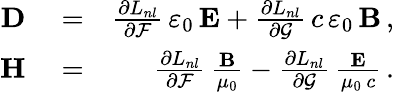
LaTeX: \begin{array}{rlr}{{\mathbf D}}&{{}=}&{\frac{\partial L_{nl}}{\partial\mathcal{F}}\, \varepsilon_{0}\, {\mathbf E}+\frac{\partial L_{nl}}{\partial\mathcal{G}}\, c\, \varepsilon_{0}\, {\mathbf B}\, ,}\\ {{\mathbf H}}&{{}=}&{\frac{\partial L_{nl}}{\partial\mathcal{F}}\, \frac{{\mathbf B}}{\mu_{0}}-\frac{\partial L_{nl}}{\partial\mathcal{G}}\, \frac{{\mathbf E}}{\mu_{0}\, c}\, .}\end{array}